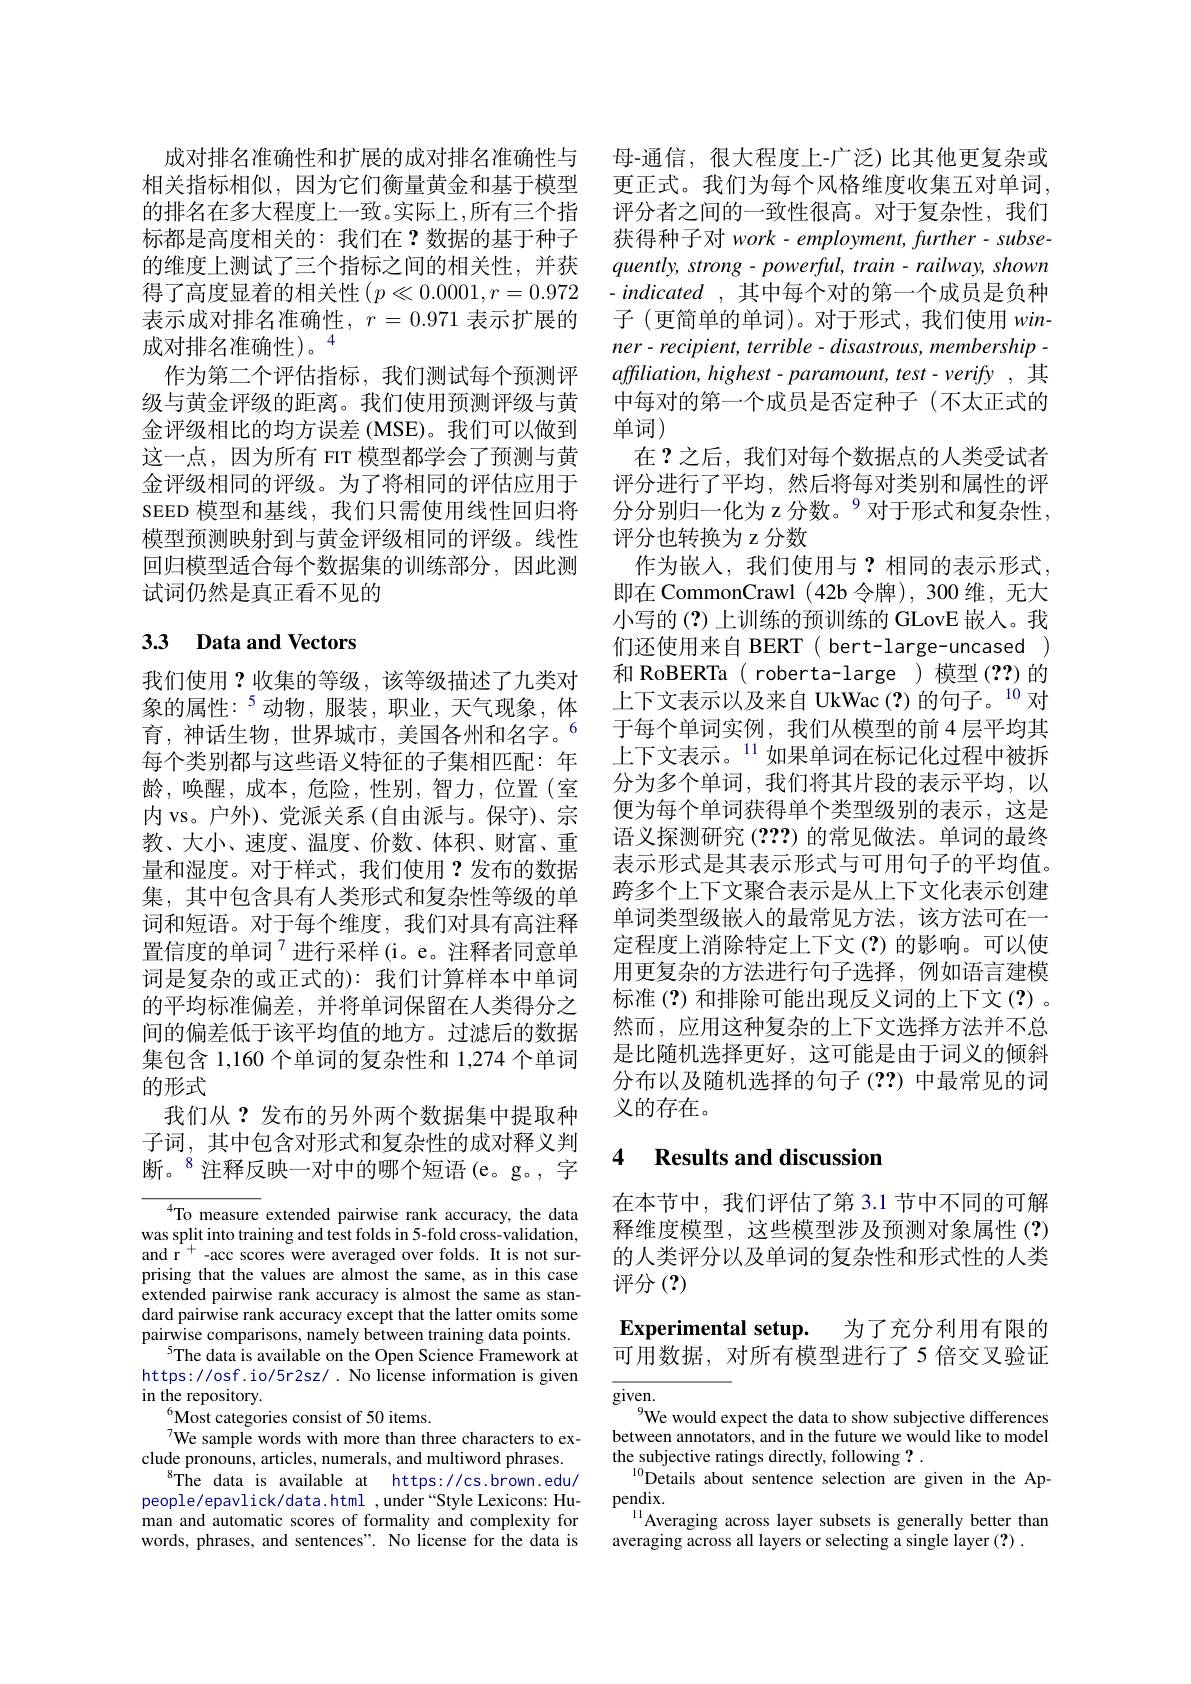
成对排名准确性和扩展的成对排名准确性与 母-通信，很大程度上-广泛)比其他更复杂或相关指标相似，因为它们衡量黄金和基于模型 更正式。我们为每个风格维度收集五对单词， 的排名在多大程度上一致。实际上，所有三个指 评分者之间的一致性很高。对于复杂性，我们标都是高度相关的：我们在？数据的基于种子的维度上测试了三个指标之间的相关性，并获得了高度显着的相关性$\left(p\ll0.0001,r=0.972\right.$ 表示成对排名准确性，$r=0.971$表示扩展的成对排名准确性)。“
作为第二个评估指标，我们测试每个预测评级与黄金评级的距离。我们使用预测评级与黄金评级相比的均方误差 (MSE)。我们可以做到这一点，因为所有 FIT 模型都学会了预测与黄金评级相同的评级。为了将相同的评估应用于SEED 模型和基线，我们只需使用线性回归将模型预测映射到与黄金评级相同的评级。线性回归模型适合每个数据集的训练部分，因此测试词仍然是真正看不见的

# 3.3 Data and Vectors

我们使用？收集的等级，该等级描述了九类对象的属性：$^{5}$动物，服装，职业，天气现象，体育，神话生物，世界城市，美国各州和名字。$^{6}$ 每个类别都与这些语义特征的子集相匹配：年龄，唤醒，成本，危险，性别，智力，位置(室内 vs。户外)、党派关系 (自由派与。保守)、宗教、大小、速度、温度、价数、体积、财富、重量和湿度。对于样式，我们使用？发布的数据集，其中包含具有人类形式和复杂性等级的单词和短语。对于每个维度，我们对具有高注释置信度的单词$^{7}$进行采样(i。e。注释者同意单词是复杂的或正式的):我们计算样本中单词的平均标准偏差，并将单词保留在人类得分之间的偏差低于该平均值的地方。过滤后的数据集包含 1,160 个单词的复杂性和 1,274 个单词的形式
我们从？发布的另外两个数据集中提取种子词，其中包含对形式和复杂性的成对释义判断。$^{8}$注释反映一对中的哪个短语(e。g。,字

$^{4}$To measure extended pairwise rank accuracy, the data was split into training and test folds in 5-fold cross-validation, and r$^{+}$-acc scores were averaged over folds. It is not surprising that the values are almost the same, as in this case extended pairwise rank accuracy is almost the same as standard pairwise rank accuracy except that the latter omits some pairwise comparisons, namely between training data points.
$^{5}$The data is available on the Open Science Framework at https://osf.io/5r2sz/. No license information is given in the repository.
$^{6}$Most categories consist of 50 items.
We sample words with more than three characters to exclude pronouns, articles, numerals, and multiword phrases.
$^{8}$The data is available at https://cs.brown.edu/ people/epavlick/data.html ,under“Style Lexicons: Human and automatic scores of formality and complexity for words, phrases, and sentences". No license for the data is

获得种子对 work- employment, further- subse- $quently,strong-powerful,train-railway,shown$ $- indicated$ ,其中每个对的第一个成员是负种子 (更简单的单词)。对于形式，我们使用 win- $ner- recipient, terrible- disastrous, membership$ - $affliation,highest-paramount,test-verify$,其中每对的第一个成员是否定种子(不太正式的单词)
在？之后，我们对每个数据点的人类受试者评分进行了平均，然后将每对类别和属性的评分分别归一化为 z 分数。$^{9}$对于形式和复杂性， 评分也转换为 z 分数
作为嵌入，我们使用与？相同的表示形式， 即在 CommonCrawl (42b 令牌),300 维，无大小写的(?)上训练的预训练的 GLovE 嵌人。我们还使用来自 BERT( bert-large-uncased) 和 RoBERTa ( roberta-large)模型(??)的上下文表示以及来自 UkWac(?)的句子。$^{10}$对于每个单词实例，我们从模型的前 4 层平均其上下文表示。$^{11}$如果单词在标记化过程中被拆分为多个单词，我们将其片段的表示平均，以便为每个单词获得单个类型级别的表示，这是语义探测研究 (???)的常见做法。单词的最终表示形式是其表示形式与可用句子的平均值。跨多个上下文聚合表示是从上下文化表示创建单词类型级嵌入的最常见方法，该方法可在一定程度上消除特定上下文(?)的影响。可以使用更复杂的方法进行句子选择，例如语言建模标准(?)和排除可能出现反义词的上下文(?)。然而，应用这种复杂的上下文选择方法并不总是比随机选择更好，这可能是由于词义的倾斜分布以及随机选择的句子(??)中最常见的词义的存在。

# 4 Results and discussion

在本节中，我们评估了第 3.1 节中不同的可解释维度模型，这些模型涉及预测对象属性 (?) 的人类评分以及单词的复杂性和形式性的人类评分$\left(?\right)$

Experimental setup. 为了充分利用有限的可用数据，对所有模型进行了5 倍交叉验证

given.
$^{9}$We would expect the data to show subjective differences

between annotators, and in the future we would like to model
the subjective ratings directly, following ? .
$^{10}$Details about sentence selection are given in the Ap-
pendix.
$^{11}$Averaging across layer subsets is generally better than
averaging across all layers or selecting a single layer (?) .